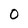
Character: 0